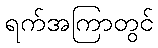
ရက်အကြာတွင်